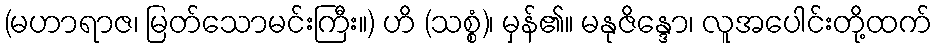
(မဟာရာဇ၊ မြတ်သောမင်းကြီး။) ဟိ (သစ္စံ)၊ မှန်၏။ မနုဇိန္ဒော၊ လူအပေါင်းတို့ထက်